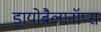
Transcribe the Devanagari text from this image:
ड्रायोबैलानॉप्स